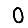
Digit: 0